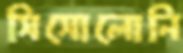
সিসোলোনি